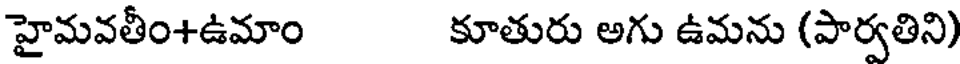
హైమవతీం+ఉమాం కూతురు అగు ఉమను (పార్వతిని)